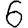
Digit: 6